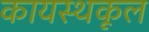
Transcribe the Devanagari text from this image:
कायस्थकूल